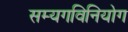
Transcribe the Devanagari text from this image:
सम्यगविनियोग